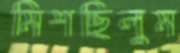
মিশছিলুম